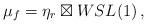
LaTeX: \begin{align*} \mu_f=\eta_r\boxtimes WSL(1)\,,\end{align*}